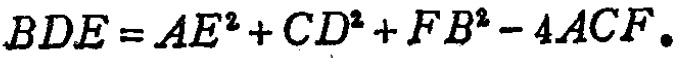
\(BDE = AE^{2}+CD^{2}+FB^{2}-4ACF\)